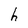
Character: h